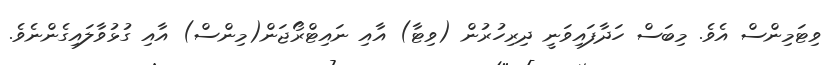
ވިޓަމިންސް އެވެ. މިބަސް ހަދާފައިވަނީ ދިރިހުރުން (ވިޓާ) އާއި ނައިޓްރޯޖަން(މިންސް) އާއި ގުޅުވާލައިގެންނެވެ.